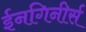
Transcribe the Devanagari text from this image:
ईनगिनीर्स